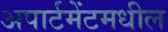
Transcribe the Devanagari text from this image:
अपार्टमेंटमधील